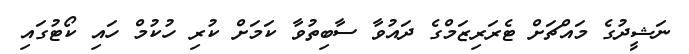
ނަޝީދުގެ މައްޗަށް ޓެރަރިޒަމްގެ ދައުވާ ސާބިތުވާ ކަމަށް ކުރި ހުކުމް ހައި ކޯޓުގައި